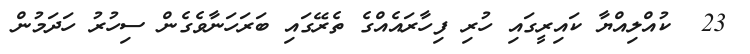
23  ކުއްލިއްޔާ ކައިރީގައި ހުރި ފިހާރައެއްގެ ތެރޭގައި ބަރަހަނާވެގެން ސިހުރު ހަދަމުން